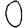
Digit: 0